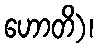
ဟောတိ)၊